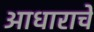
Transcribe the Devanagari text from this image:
आधाराचे